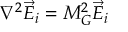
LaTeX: \nabla ^ { 2 } \vec { E } _ { i } = M _ { G } ^ { 2 } \vec { E } _ { i }